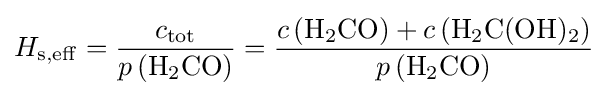
H_{\rm {s,eff}}={\frac {c_{\mathrm {tot} }}{p\left({\mathrm {H} {\vphantom {A}}_{\smash[{t}]{2}}\mathrm {CO} }\right)}}={\frac {c\left({\mathrm {H} {\vphantom {A}}_{\smash[{t}]{2}}\mathrm {CO} }\right)+c\left({\mathrm {H} {\vphantom {A}}_{\smash[{t}]{2}}\mathrm {C} (\mathrm {OH} ){\vphantom {A}}_{\smash[{t}]{2}}}\right)}{p\left({\mathrm {H} {\vphantom {A}}_{\smash[{t}]{2}}\mathrm {CO} }\right)}}